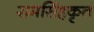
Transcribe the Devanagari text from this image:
रामसिंहकृत